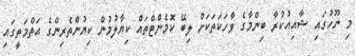
މި ނޫހުގައި ޝާއިއުކުރާ ބިންމާގެ ވާހަކަތަކަށް ލިބޭ ކޮމެންޓްތައް ކިޔާލުމުން ކިޔުންތެރިންގެ އަތްމަތީގައި